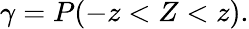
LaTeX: \gamma=P(-z<Z<z).